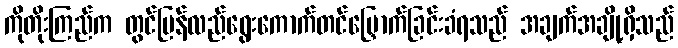
ကိုတိုးကြည်က တွင်ပြန်လည်ရွေးကောက်တင်မြှောက်ခြင်းခံရသည် အချက်အချို့ရှိသည်